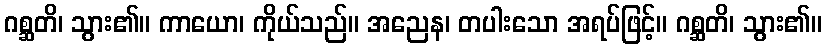
ဂစ္ဆတိ၊ သွား၏။ ကာယော၊ ကိုယ်သည်။ အညေန၊ တပါးသော အရပ်ဖြင့်။ ဂစ္ဆတိ၊ သွား၏။